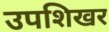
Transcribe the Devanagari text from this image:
उपशिखर